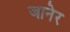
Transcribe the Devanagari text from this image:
जानेर